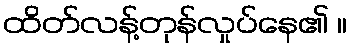
ထိတ်လန့်တုန်လှုပ်နေ၏ ။